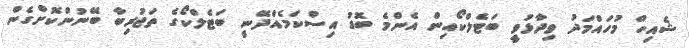
ޝެއިހް މުހައްމަދު ވިދާޅުވީ ބަޓެލްކޯއިން އެންމެ ބޮޑު އިސްކަމެއްދޭނީ ބަޓެލްކޯގެ ތަޖުރިބާ ބޭނުންކޮށްގެން